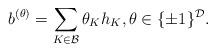
LaTeX: \begin{align*} b^{(\theta)} = \sum_{K\in\mathcal{B}} \theta_K h_K, \theta \in \{\pm 1\}^{\mathcal{D}}. \end{align*}